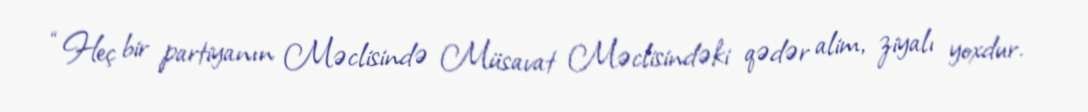
“Heç bir partiyanın Məclisində Müsavat Məclisindəki qədər alim, ziyalı yoxdur.